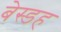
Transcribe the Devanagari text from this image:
बेस्डह